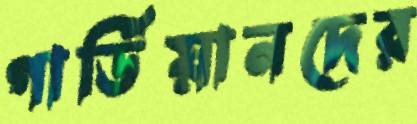
গার্ডিয়ানদের